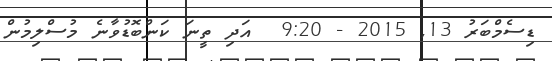
ޑިސެމްބަރު 13